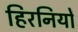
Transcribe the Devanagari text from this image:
हिरनियों